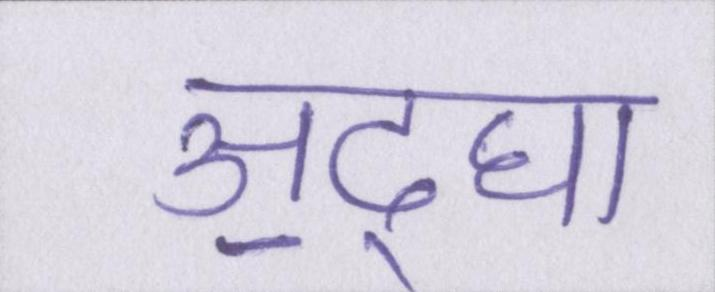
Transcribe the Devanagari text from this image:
अ॒द्घा